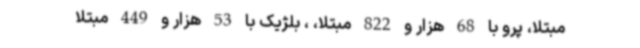
مبتلا، پرو با 68 هزار و 822 مبتلا، ، بلژیک با 53 هزار و 449 مبتلا